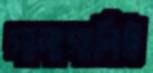
গালাগালিই